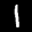
Label: 1